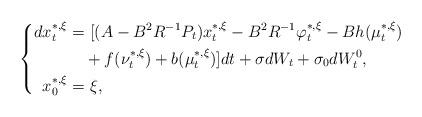
LaTeX: \begin{align*} \left\{ \begin{aligned} dx_t^{*,\xi}=&~[(A-B^2R^{-1}P_t)x_t^{*,\xi}-B^2R^{-1}\varphi_t^{*,\xi}-Bh(\mu_t^{*,\xi})\\&+f(\nu_t^{*,\xi})+b(\mu_t^{*,\xi})]dt+\sigma dW_t+\sigma_0dW^0_t,\\ x_0^{*,\xi}=&~\xi, \end{aligned} \right. \end{align*}